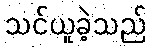
သင်ယူခဲ့သည်